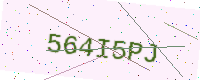
Text: 564I5PJ